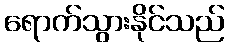
ရောက်သွားနိုင်သည်